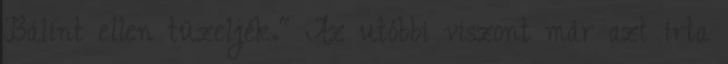
Bálint ellen tüzeljék." Az utóbbi viszont már azt írta